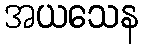
အယသေန